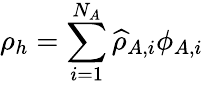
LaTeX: \displaystyle\rho_{h}=\sum_{i=1}^{N_{A}}\widehat{\rho}_{A,i}\phi_{A,i}